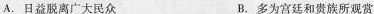
A.日益脱离广大民众 B.多为宫廷和贵族所观赏